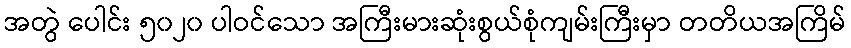
အတွဲ ပေါင်း ၅၀၂၀ ပါဝင်သော အကြီးမားဆုံးစွယ်စုံကျမ်းကြီးမှာ တတိယအကြိမ်